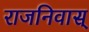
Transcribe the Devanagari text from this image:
राजनिवास्